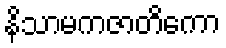
နိသာမကဇာတိကော